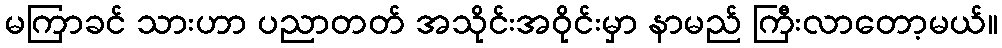
မကြာခင် သားဟာ ပညာတတ် အသိုင်းအဝိုင်းမှာ နာမည် ကြီးလာတော့မယ်။